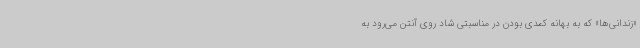
«زندانی‌ها» که به بهانه کمدی بودن در مناسبتی شاد روی آنتن می‌رود به